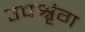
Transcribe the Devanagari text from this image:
उपश्रृंग